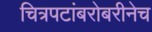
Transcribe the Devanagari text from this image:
चित्रपटांबरोबरीनेच